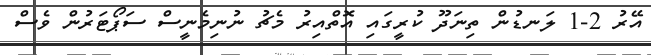
އޭރު 2-1 ލަނޑުން ތިނަދޫ ކުރީގައި އޮތްއިރު މެޗު ނުނިމެނީސް ސަޕޯޓަރުން ވެސް